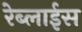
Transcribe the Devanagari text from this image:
रेब्लाईस